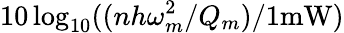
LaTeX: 10\log_{10}((nh\omega_{m}^{2}/Q_{m})/1\textrm{mW})